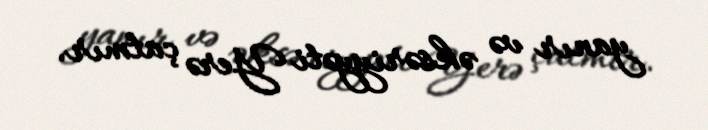
yanır və əksəriyyəti Yerə çatmır.